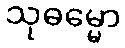
သုဓမ္မော